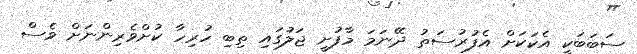
ސަބަބަކީ އެކަކަށް އެފުރުސަތު ދޭނަމަ މާފުށީ ޖަލުގައި ތިބި ހުރިހާ ކުށްވެރިންނަށް ވެސް